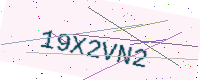
Text: 19X2VN2